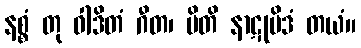
နစ္စံ တု ဝါဒိတံ ဂီတ၊ မိတိ နာဋုမိဒံ တယံ။